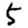
Digit: 5